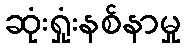
ဆုံးရှုံးနစ်နာမှု